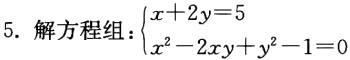
5. 解方程组：$\begin{cases}x + 2y = 5\\x^{2}-2xy + y^{2}-1 = 0\end{cases}$